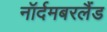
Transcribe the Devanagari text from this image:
नॉर्दमबरलैंड